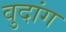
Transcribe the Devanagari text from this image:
वुदांग